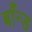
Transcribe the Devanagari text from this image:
बाँन्ड